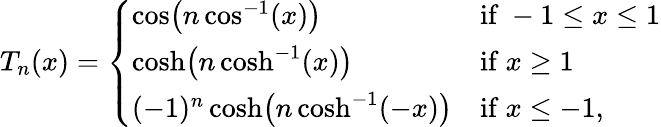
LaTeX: T_{n}(x)={\left\{ \begin{array}{ll}{\cos\! {\big(}n\cos^{-1}(x){\big)}}&{{\mathrm{if~}}-1\leq x\leq 1}\\ {\cosh\! {\big(}n\cosh^{-1}(x){\big)}}&{{\mathrm{if~}}x\geq 1}\\ {(-1)^{n}\cosh\! {\big(}n\cosh^{-1}(-x){\big)}}&{{\mathrm{if~}}x\leq-1,}\end{array}\right.}